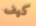
كيف